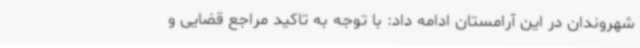
شهروندان در این آرامستان ادامه داد: با توجه به تاکید مراجع قضایی و